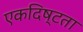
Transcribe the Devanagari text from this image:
एकदिष्‍टता